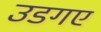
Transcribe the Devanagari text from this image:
उडगए